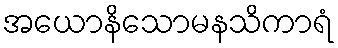
အယောနိသောမနသိကာရံ